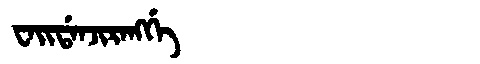
Manchu: ᠸᠠᡳᡩᠠᠨᠵᡳᡵᠠᠩᡤᡝ
Romanization: WAIDANJIRANGGE